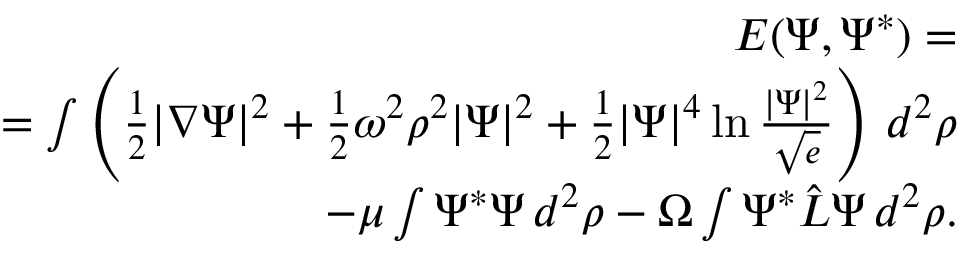
\begin{array} { r } { { \cal E } ( \Psi , \Psi ^ { * } ) = } \\ { = \int \left( \frac { 1 } { 2 } | \nabla \Psi | ^ { 2 } + \frac 1 2 \omega ^ { 2 } \rho ^ { 2 } | \Psi | ^ { 2 } + \frac 1 2 | \Psi | ^ { 4 } \ln \frac { | \Psi | ^ { 2 } } { \sqrt { e } } \right) \, d ^ { 2 } \rho } \\ { - \mu \int \Psi ^ { * } \Psi \, d ^ { 2 } \rho - \Omega \int \Psi ^ { * } { \hat { L } } \Psi \, d ^ { 2 } \rho . } \end{array}